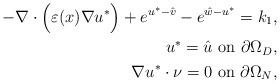
LaTeX: \begin{align*}- \nabla \cdot \Big(\varepsilon(x) \nabla u^* \Big) + e^{u^* - \hat{v}} - e^{\hat{w} - u^*} = k_1,\\u^* = \hat{u} \mbox{ on } \partial \Omega_D,\\\nabla u^* \cdot \nu = 0 \mbox{ on } \partial \Omega_N,\end{align*}